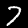
Label: 7